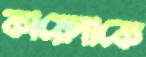
কায়েদাকে